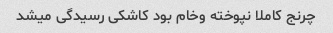
چرنج کاملا نپوخته وخام بود کاشکی رسیدگی میشد